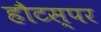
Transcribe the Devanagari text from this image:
हौटस्पर